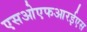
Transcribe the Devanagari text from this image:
एसओएफआरईएस